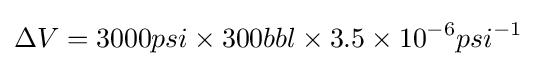
\Delta V=3000psi\times 300bbl\times 3.5\times 10^{-6}psi^{-1}